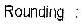
ROUNDING :